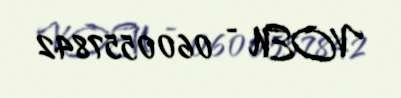
VOEN - 0600557842